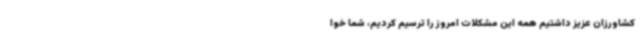
کشاورزان عزیز داشتیم همه این مشکلات امروز را ترسیم کردیم، شما خوا